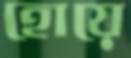
হোয়ে